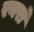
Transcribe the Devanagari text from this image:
रनरो